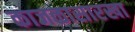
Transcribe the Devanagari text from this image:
काजळासारखा